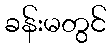
ခန်းမတွင်